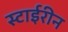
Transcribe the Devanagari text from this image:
स्टाईरीन